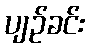
ပျဉ်ခင်း